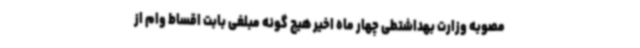
مصوبه وزارت بهداشتطی چهار ماه اخیر هیچ گونه مبلغی بابت اقساط وام از